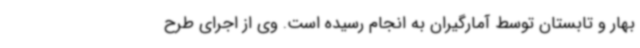
بهار و تابستان توسط آمارگیران به انجام رسیده است. وی از اجرای طرح